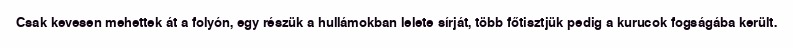
Csak kevesen mehettek át a folyón, egy részük a hullámokban lelete sírját, több főtisztjük pedig a kurucok fogságába került.